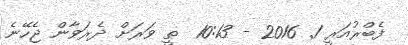
ފެބްރުއަރީ 1